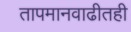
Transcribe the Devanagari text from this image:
तापमानवाढीतही